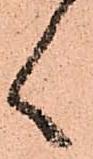
く